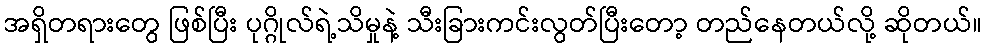
အရှိတရားတွေ ဖြစ်ပြီး ပုဂ္ဂိုလ်ရဲ့သိမှုနဲ့ သီးခြားကင်းလွတ်ပြီးတော့ တည်နေတယ်လို့ ဆိုတယ်။